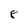
Character: 8